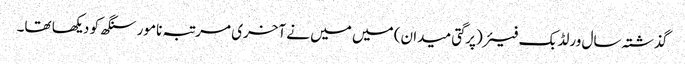
گذشتہ سال ورلڈ بک فیئر(پرگتی میدان) میں میں نے آخری مرتبہ نامور سنگھ کو دیکھا تھا۔